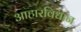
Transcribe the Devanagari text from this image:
आहारविधान